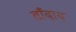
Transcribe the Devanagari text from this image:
ताँदाद